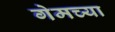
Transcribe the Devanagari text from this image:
गेमच्या